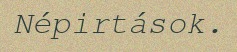
Népirtások.